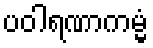
ပဝါရဏာကမ္မံ